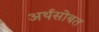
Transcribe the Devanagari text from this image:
अर्थसोबत